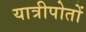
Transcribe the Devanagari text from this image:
यात्रीपोतों